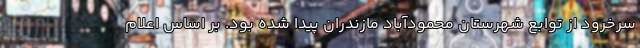
سرخرود از توابع شهرستان محمودآباد مازندران پیدا شده بود. بر اساس اعلام